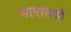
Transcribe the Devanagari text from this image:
भासवणे